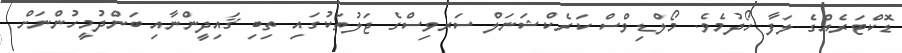
ޑޮކްޓަރެއްގެ ލަފާ ހޯދުމެވެ. މޯލްޑިވްސް ކަރެކްޝަނަލް ސަރވިސްގެ ޖަލުތަކުގައި ތިބި ޤައިދީންނާއި ބަންދުމީހުންނަށް